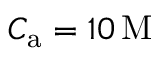
C _ { \mathrm { a } } = 1 0 \, \mathrm { M }